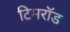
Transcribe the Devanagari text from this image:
टिमरॉड